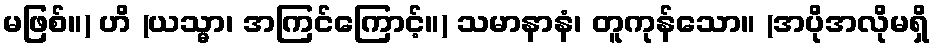
မဖြစ်။) ဟိ (ယသ္မာ၊ အကြင်ကြောင့်။) သမာနာနံ၊ တူကုန်သော။ (အပိုအလိုမရှိ